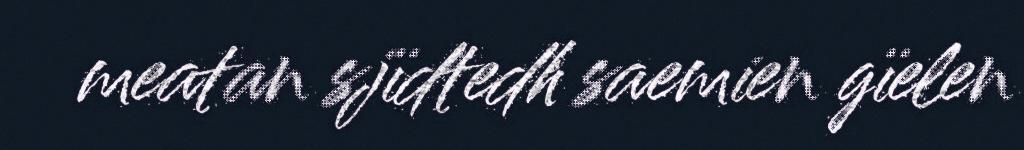
meatan sjïdtedh saemien gïelen